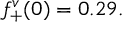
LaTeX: f _ { + } ^ { v } ( 0 ) = 0 . 2 9 .